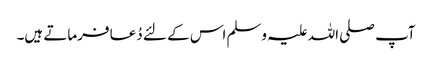
آپ صلی اللہ علیہ وسلم اس کے لئے دُعا فرماتے ہیں۔